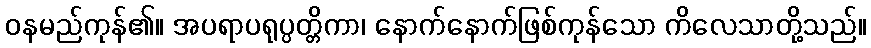
ဝနမည်ကုန်၏။ အပရာပရုပ္ပတ္တိကာ၊ နောက်နောက်ဖြစ်ကုန်သော ကိလေသာတို့သည်။